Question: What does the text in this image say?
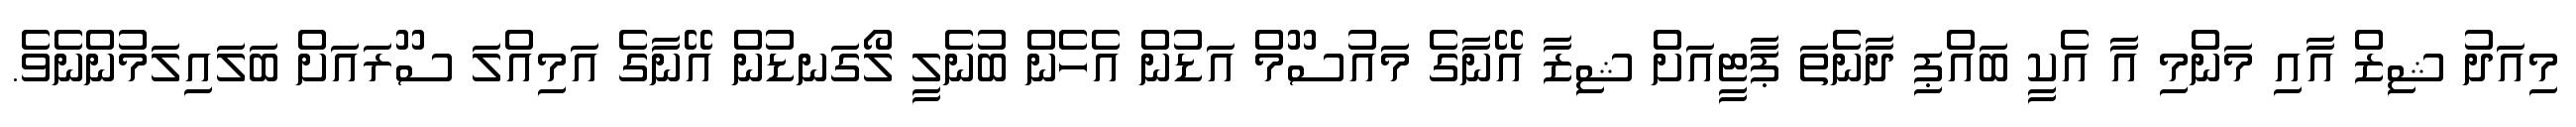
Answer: މިއަދު ޝިޒް އާއި މަންމި އާ އެކީ ބައްޕި ދާނެތަ ޕާޓީއަށް ޝިޒާ އޭނާގެ މައުސޫމް އަޑުން އެހެން ބުނެލީ ލޯގަނޑުން އޭނާގެ އަމިއްލަ ސޫރައަށް ބަލައިލަމުންނެވެ.